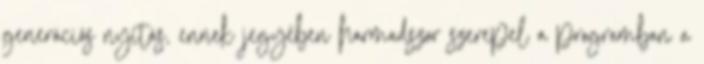
generációs nyitás, ennek jegyében harmadszor szerepel a programban a